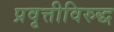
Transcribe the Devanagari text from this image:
प्रवृत्तीविरुद्ध